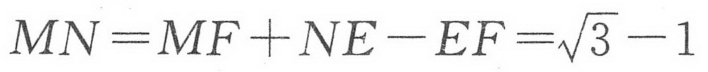
\(MN=MF + NE - EF=\sqrt{3}-1\)